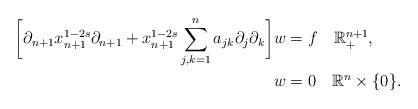
LaTeX: \begin{align*}\bigg[\partial_{n+1}x_{n+1}^{1-2s}\partial_{n+1}+x_{n+1}^{1-2s}\sum_{j,k=1}^{n}a_{jk}\partial_{j}\partial_{k}\bigg]w & =f\quad\mathbb{R}_{+}^{n+1},\\w & =0\quad\mathbb{R}^{n}\times\{0\}.\end{align*}